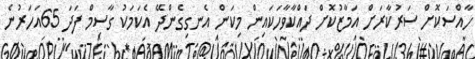
ހާއްސަކޮށް ސަރުކާރަށް އަމާޒުކޮށް ދައްކާވާހަކައިން މިކަން އެނގިގެންދޭ އެކަމަކު ގާސިމް ފަދަ 65އަހަރުނެ